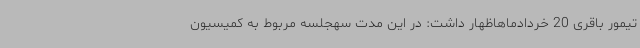
تیمور باقری 20 خردادماهاظهار داشت: در این مدت سهجلسه مربوط به کمیسیون